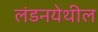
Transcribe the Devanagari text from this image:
लंडनयेथील